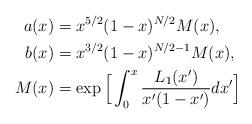
LaTeX: \begin{align*}a(x)&=x^{5/2}(1-x)^{N/2}M(x), \\b(x)&=x^{3/2}(1-x)^{N/2-1}M(x), \\M(x)&=\exp\Big[\int_0^x\frac{L_1(x')}{x'(1-x')}dx'\Big]\end{align*}